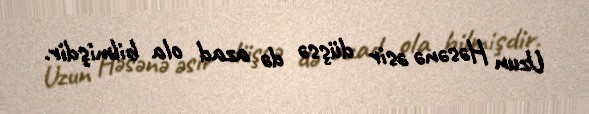
Uzun Həsənə əsir düşsə də azad ola bilmişdir.